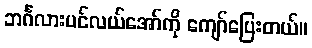
ဘင်္ဂလားပင်လယ်အော်ကို ကျော်ပြေးတယ်။